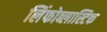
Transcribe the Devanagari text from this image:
लिंफोब्लास्टिक